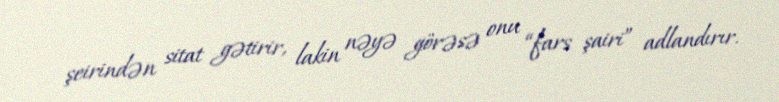
şeirindən sitat gətirir, lakin nəyə görəsə onu “fars şairi” adlandırır.